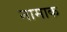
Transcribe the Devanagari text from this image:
नामाक